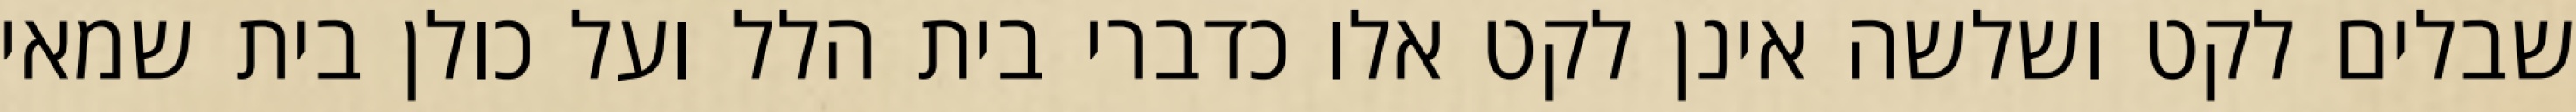
שבלים לקט ושלשה אינן לקט אלו כדברי בית הלל ועל כולן בית שמאי